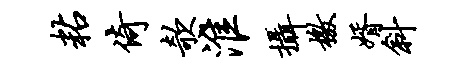
粘倚欹淮摄檄婿斜